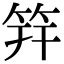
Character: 筓